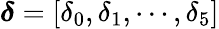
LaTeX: \boldsymbol{\delta}=[\delta_{0},\delta_{1},\cdots,\delta_{5}]